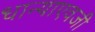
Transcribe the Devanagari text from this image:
धान्याएवजी